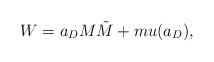
LaTeX: \begin{align*}W= a_D M \tilde{M} + m u(a_D),\end{align*}